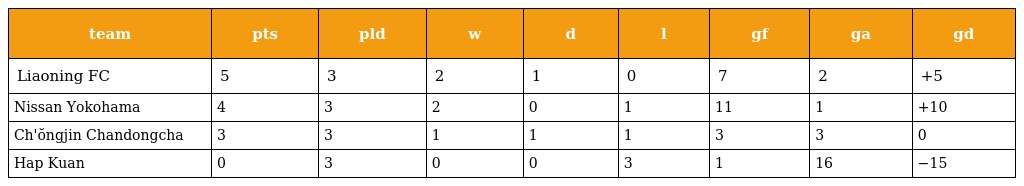
| team | pts | pld | w | d | l | gf | ga | gd |
 | --- | --- | --- | --- | --- | --- | --- | --- | --- |
 | Liaoning FC | 5 | 3 | 2 | 1 | 0 | 7 | 2 | +5 |
 | Nissan Yokohama | 4 | 3 | 2 | 0 | 1 | 11 | 1 | +10 |
 | Ch'ŏngjin Chandongcha | 3 | 3 | 1 | 1 | 1 | 3 | 3 | 0 |
 | Hap Kuan | 0 | 3 | 0 | 0 | 3 | 1 | 16 | −15 |